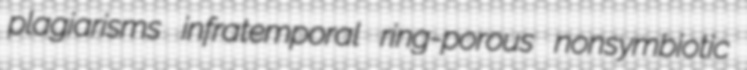
plagiarisms infratemporal ring-porous nonsymbiotic